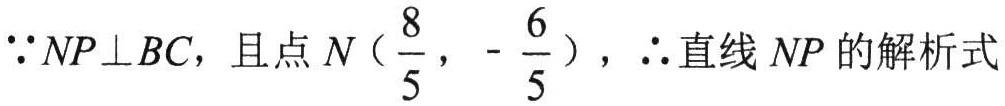
$\because NP\perp BC，\text{且点}N(\frac{8}{5}, -\frac{6}{5})，\therefore\text{直线}NP\text{的解析式}$